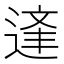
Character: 𨔉